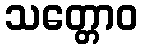
သတ္တောဝ